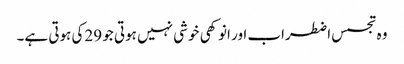
وہ تجسس اضطراب اور انوکھی خوشی نہیں ہوتی جو 29کی ہوتی ہے۔